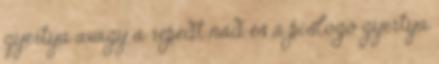
gyertya avagy a repedt nád és a pislogó gyertya